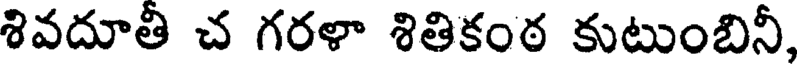
శివదూతి చ గరళా శితికంఠ కుటుంబినీ,